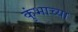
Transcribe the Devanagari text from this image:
कुंभाच्या